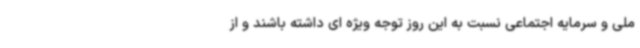
ملی و سرمایه اجتماعی نسبت به این روز توجه ویژه ای داشته باشند و از